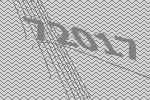
72017